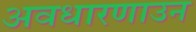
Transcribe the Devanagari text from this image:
अवधारणाउन